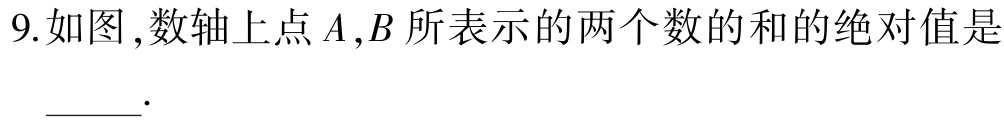
9.如图,数轴上点\(A,B\)所表示的两个数的和的绝对值是

 .